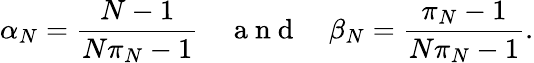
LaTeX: \alpha_{N}={\frac{N-1}{N\pi_{N}-1}}\quad\mathrm{~a~n~d~}\quad\beta_{N}={\frac{\pi_{N}-1}{N\pi_{N}-1}}.